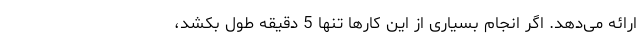
ارائه می‌دهد. اگر انجام بسیاری از این کارها تنها 5 دقیقه طول بکشد،